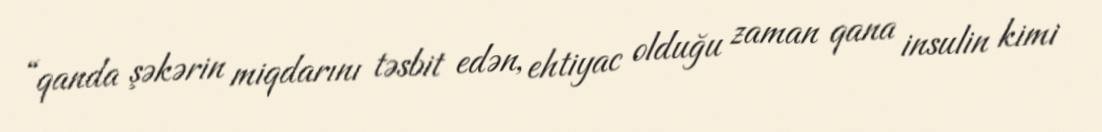
“qanda şəkərin miqdarını təsbit edən, ehtiyac olduğu zaman qana insulin kimi